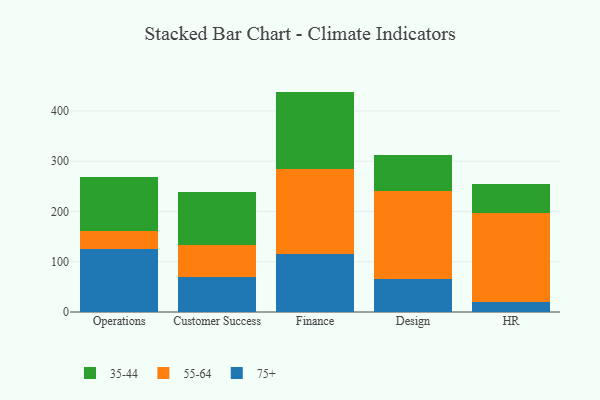
{"axis": {"x": "Department", "y": "Satisfaction Score"}, "legend": ["35-44", "55-64", "75+"], "data": [{"x": "Operations", "y": 125.1, "type": "75+"}, {"x": "Operations", "y": 35.5, "type": "55-64"}, {"x": "Operations", "y": 108.2, "type": "35-44"}, {"x": "Customer Success", "y": 70.0, "type": "75+"}, {"x": "Customer Success", "y": 63.5, "type": "55-64"}, {"x": "Customer Success", "y": 105.1, "type": "35-44"}, {"x": "Finance", "y": 115.8, "type": "75+"}, {"x": "Finance", "y": 167.7, "type": "55-64"}, {"x": "Finance", "y": 154.9, "type": "35-44"}, {"x": "Design", "y": 66.0, "type": "75+"}, {"x": "Design", "y": 175.4, "type": "55-64"}, {"x": "Design", "y": 70.2, "type": "35-44"}, {"x": "HR", "y": 20.0, "type": "75+"}, {"x": "HR", "y": 177.0, "type": "55-64"}, {"x": "HR", "y": 57.7, "type": "35-44"}]}